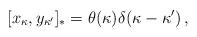
LaTeX: \begin{align*}[x_\kappa,y_{\kappa'}]_*=\theta(\kappa)\delta(\kappa-\kappa')\,,\end{align*}